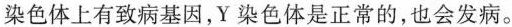
染色体上有致病基因，Y染色体是正常的，也会发病。